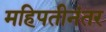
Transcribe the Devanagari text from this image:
महिपतीनंतर